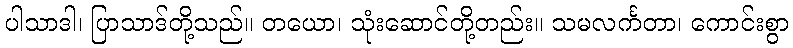
ပါသာဒါ၊ ပြာသာဒ်တို့သည်။ တယော၊ သုံးဆောင်တို့တည်း။ သမလင်္ကတာ၊ ကောင်းစွာ